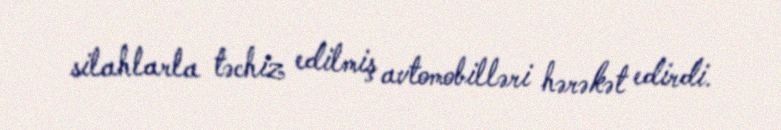
silahlarla təchiz edilmiş avtomobilləri hərəkət edirdi.